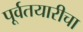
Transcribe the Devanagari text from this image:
पूर्वतयारीचा